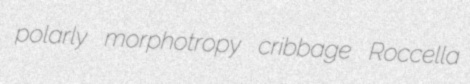
polarly morphotropy cribbage Roccella